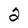
Character: 2